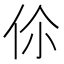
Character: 伱